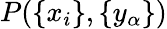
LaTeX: P(\{ x_{i}\} ,\{ y_{\alpha}\} )